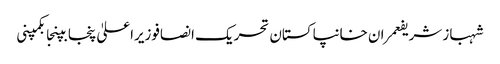
شہباز شریفعمران خانپاکستان تحریک انصافوزیراعلیٰ پنجابپنجابکمپنی